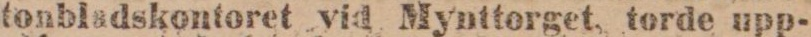
tonbladskontoret vid Mynttorget, torde upp-